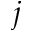
j